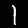
Label: 1